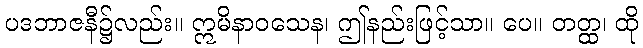
ပဒဘာဇနီ၌လည်း။ ဣမိနာဝသေန၊ ဤနည်းဖြင့်သာ။ ပေ။ တတ္ထ၊ ထို